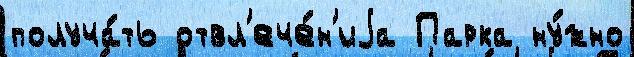
получа́ть отвл'ече́н'иjа Парка ну́жно